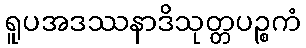
ရူပအဒဿနာဒိသုတ္တပဉ္စကံ